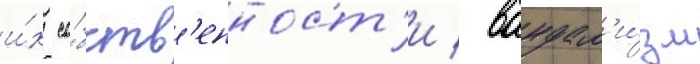
и́х со́бств'енност'и / вандал'и́зм